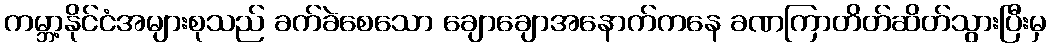
ကမ္ဘာ့နိုင်ငံအများစုသည် ခက်ခဲစေသော ချောချောအနောက်ကနေ ခဏကြာတိတ်ဆိတ်သွားပြီးမှ